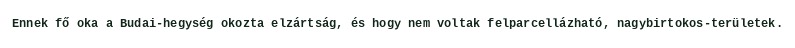
Ennek fő oka a Budai-hegység okozta elzártság, és hogy nem voltak felparcellázható, nagybirtokos-területek.